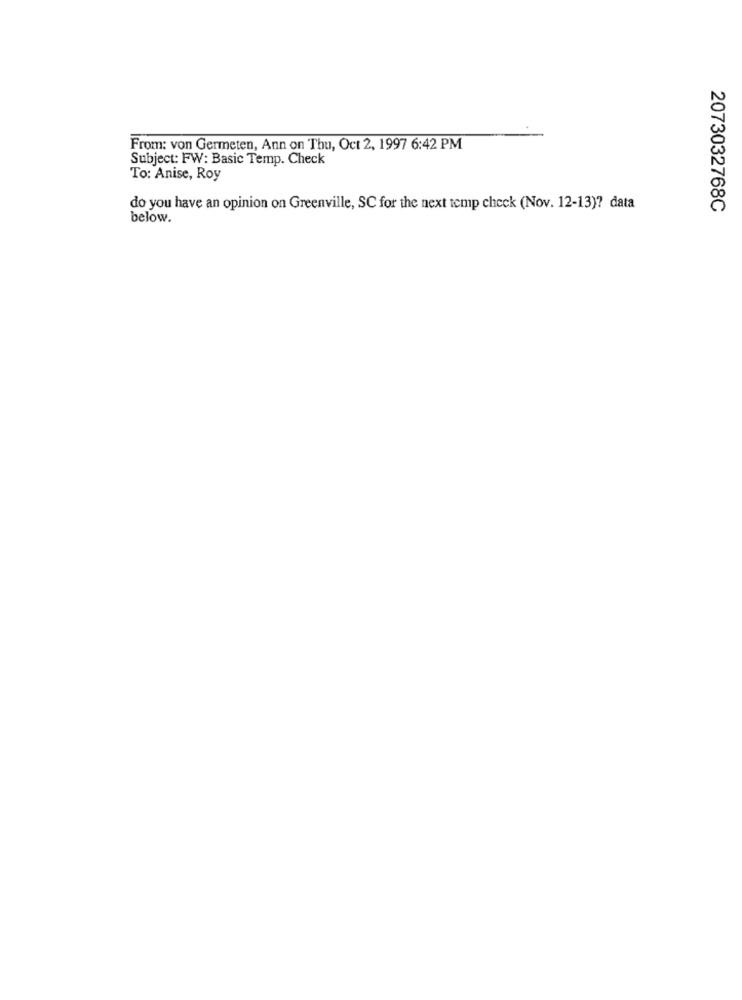
From: von Germeten, Ann on Thu, Oct 2, 1997 6:42 PM
Subject: FW: Basic Temp. Check
To: Anise, Roy
do you have an opinion on Greenville, SC for the next temp check (Nov. 12-13)? data
2073032768C
below.